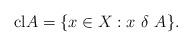
LaTeX: \begin{align*}\mbox{cl} A = \{ x \in X: x\ \delta\ A\}.\end{align*}